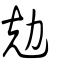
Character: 勊